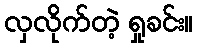
လှလိုက်တဲ့ ရှုခင်း။